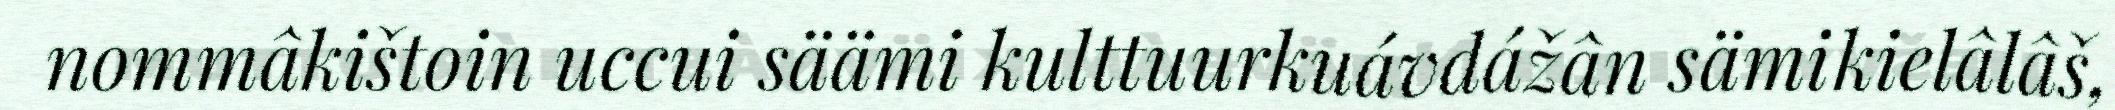
nommâkištoin uccui säämi kulttuurkuávdážân sämikielâlâš,